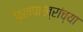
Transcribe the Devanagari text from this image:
फुलपाख्रांच्या